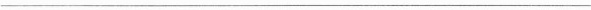
___